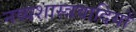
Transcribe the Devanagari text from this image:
नव्यशास्त्रवादियों